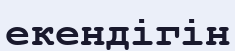
екендігін